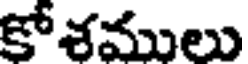
కోశములు